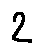
2